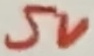
Text: 5V